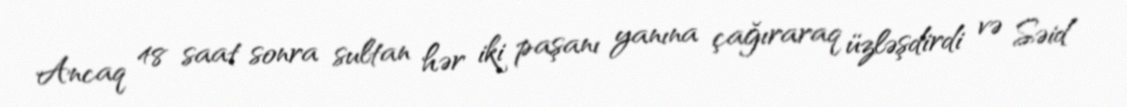
Ancaq 48 saat sonra sultan hər iki paşanı yanına çağıraraq üzləşdirdi və Səid